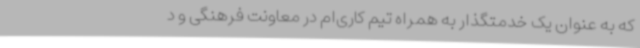
که به عنوان یک خدمتگذار به همراه تیم کاری‌ام در معاونت فرهنگی و د